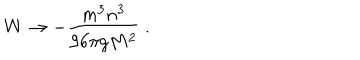
W \to - \frac { m ^ { 3 } n ^ { 3 } } { 9 6 \pi g M ^ { 2 } } \ .